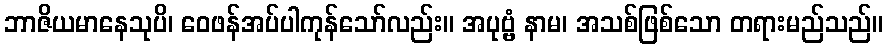
ဘာဇိယမာနေသုပိ၊ ဝေဖန်အပ်ပါကုန်သော်လည်း။ အပုဗ္ဗံ နာမ၊ အသစ်ဖြစ်သော တရားမည်သည်။